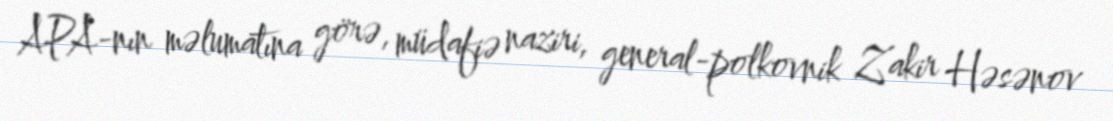
APA-nın məlumatına görə, müdafiə naziri, general-polkovnik Zakir Həsənov